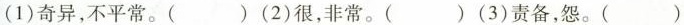
(1)奇异，不平常。()(2)很，非常。()(3)责备，怨。()